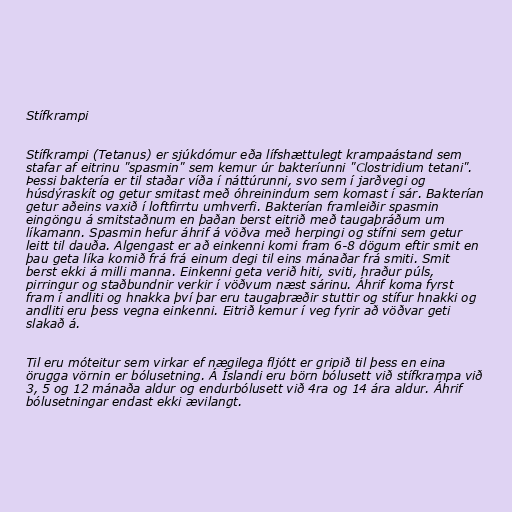
Stífkrampi

Stífkrampi (Tetanus) er sjúkdómur eða lífshættulegt krampaástand sem
stafar af eitrinu "spasmin" sem kemur úr bakteríunni "Clostridium tetani".
Þessi baktería er til staðar víða í náttúrunni, svo sem í jarðvegi og
húsdýraskít og getur smitast með óhreinindum sem komast í sár. Bakterían
getur aðeins vaxið í loftfirrtu umhverfi. Bakterían framleiðir spasmin
eingöngu á smitstaðnum en þaðan berst eitrið með taugaþráðum um
líkamann. Spasmin hefur áhrif á vöðva með herpingi og stífni sem getur
leitt til dauða. Algengast er að einkenni komi fram 6-8 dögum eftir smit en
þau geta líka komið frá frá einum degi til eins mánaðar frá smiti. Smit
berst ekki á milli manna. Einkenni geta verið hiti, sviti, hraður púls,
pirringur og staðbundnir verkir í vöðvum næst sárinu. Áhrif koma fyrst
fram í andliti og hnakka því þar eru taugaþræðir stuttir og stífur hnakki og
andliti eru þess vegna einkenni. Eitrið kemur í veg fyrir að vöðvar geti
slakað á.

Til eru móteitur sem virkar ef nægilega fljótt er gripið til þess en eina
örugga vörnin er bólusetning. Á Íslandi eru börn bólusett við stífkrampa við
3, 5 og 12 mánaða aldur og endurbólusett við 4ra og 14 ára aldur. Áhrif
bólusetningar endast ekki ævilangt.